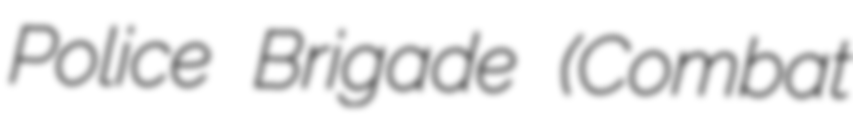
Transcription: Police Brigade (Combat